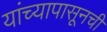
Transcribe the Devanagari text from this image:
यांच्यापासूनची